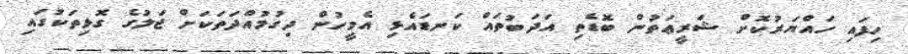
ހިފައި ހައްޔަރުކޮށް ޝަރީޢަތުން ބޮޑެތި އަދަބުތައް ކަނޑައެޅި އެމީހުން ދިގުމުއްދަތަކަށް ޖަލުގެ ގޮޅިތަކުގައި